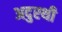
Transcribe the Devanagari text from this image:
अदुरथी